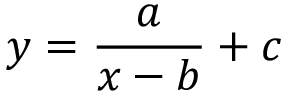
y = { \frac { a } { x - b } } + c